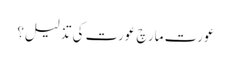
عورت مارچ عورت کی تذلیل؟